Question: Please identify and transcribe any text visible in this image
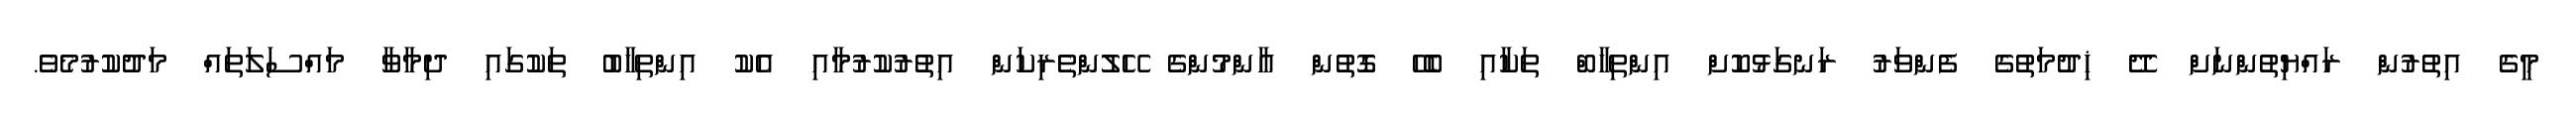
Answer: މީގެ އިތުރުން ރައްޔިތުންނަށް ދޭ ޚިދުމަތުގެ ފެންވަރު ރަނގަޅުކޮށް އިންތިހާބް ތަކާއި ބެހޭ ގޮތުން އާންމުންގެ ހޭލުންތެރިކަން އިތުރުކުރުމާއި އެކު އިންތިޚާބު ތަކުގައި ދިމާވާ މައްސަލަތައް މަދުކުރުމެވެ.